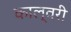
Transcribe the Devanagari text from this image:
काल्वरी